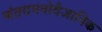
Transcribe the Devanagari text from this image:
अंतरामनोवैज्ञानिक